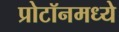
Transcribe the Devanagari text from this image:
प्रोटॉनमध्ये